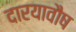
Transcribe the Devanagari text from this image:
दारयावौष